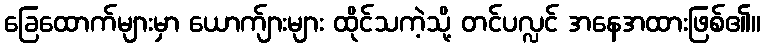
ခြေထောက်များမှာ ယောက်ျားများ ထိုင်သကဲ့သို့ တင်ပလ္လင် အနေအထားဖြစ်၏။